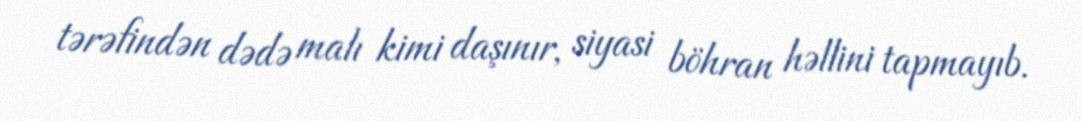
tərəfindən dədə malı kimi daşınır, siyasi böhran həllini tapmayıb.